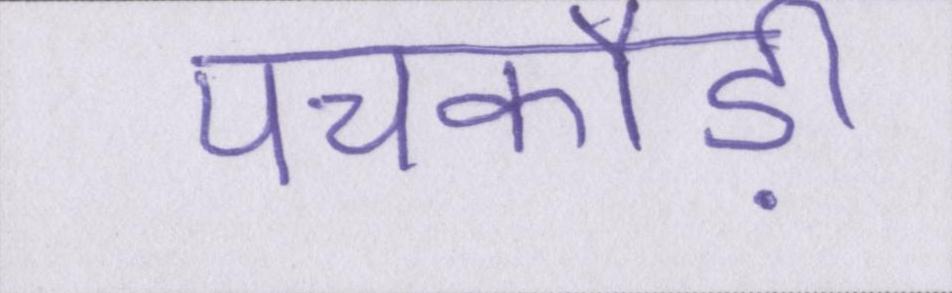
पचकौड़ी